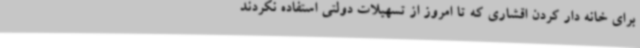
برای خانه دار کردن اقشاری که تا امروز از تسهیلات دولتی استفاده نکردند